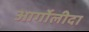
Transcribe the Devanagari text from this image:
आर्गोलीदा